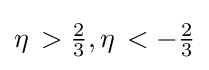
\eta \,>{\tfrac {2}{3}},\eta \,<-{\tfrac {2}{3}}